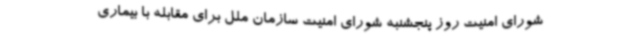
شورای امنیت روز پنجشنبه شورای امنیت سازمان ملل برای مقابله با بیماری